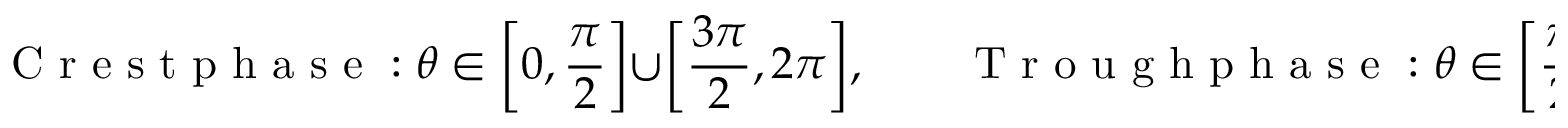
\textnormal { C r e s t p h a s e } : \theta \in \bigg [ 0 , \frac { \pi } { 2 } \bigg ] \cup \bigg [ \frac { 3 \pi } { 2 } , 2 \pi \bigg ] , \qquad \textnormal { T r o u g h p h a s e } : \theta \in \bigg [ \frac { \pi } { 2 } , \frac { 3 \pi } { 2 } \bigg ] .